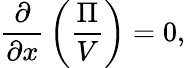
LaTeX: {\frac{\partial}{\partial x}}\left({\frac{\Pi}{V}}\right)=0,